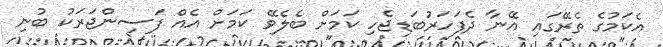
އެކަމުގެ ތެރޭގައި އޭނާ ދެފަހަރުބަޑިޖެހި ކަމަށް ބެލެވޭ ކަމަށް އެއް ފަސިންޖަރަކު ބުނި